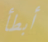
أبطأ